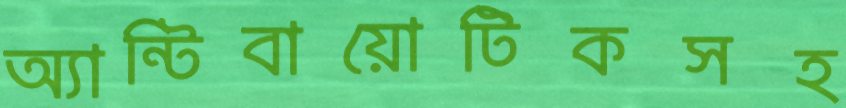
অ্যান্টিবায়োটিকসহ